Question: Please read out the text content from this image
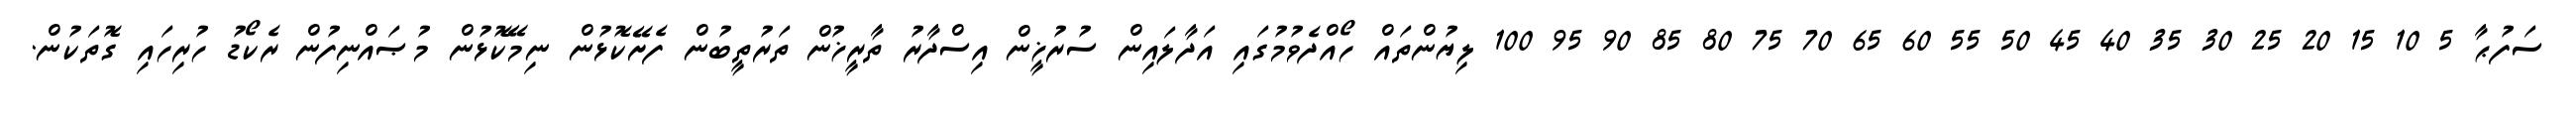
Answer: ސަފުޙާ 5 10 15 20 25 30 35 40 45 50 55 60 65 70 75 80 85 90 95 100 ލިޔުންތައް ހޯއްދެވުމުގައި އަދާލައިން ސުރުޚީން އިސްދާރު ތާރީޚުން ތަރުތީބުން ފެށޭކޮޅުން ނިމޭކޮޅުން މުޞައްނިފުން ރެކޯޑު ހުރިހައި ގޮތަކުން.